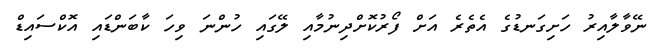
ނޭވާލާއިރު ހަށިގަނޑުގެ އެތެރެ އަށް ފޯރުކޮށްދިނުމާއި ލޭގައި ހުންނަ ވިހަ ކާބަންޑައި އޮކްސައިޑް